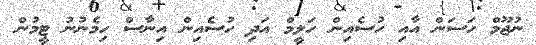
ނުޖޫމް ހަސަން އާއި ހުސެއިން ހަލީމް އަދި ހުސެއިން އިނާސް ހިމެނުނު ޓީމުން